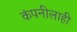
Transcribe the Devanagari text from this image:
कंपनीलाही